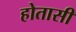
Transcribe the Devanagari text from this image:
होतासी